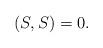
LaTeX: \begin{align*}(S,S) = 0.\end{align*}